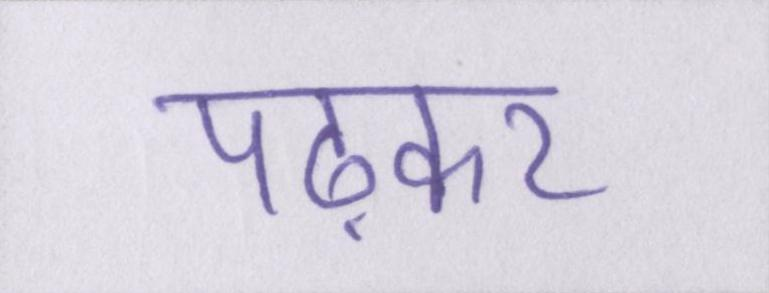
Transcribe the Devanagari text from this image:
पढ़कर